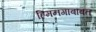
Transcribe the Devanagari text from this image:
हिमनगाबाबत